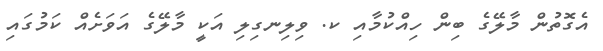
އެގޮތުން މާލޭގެ ބިން ހިއްކުމާއި ކ. ވިލިނގިލި އަކީ މާލޭގެ އަވަށެއް ކަމުގައި